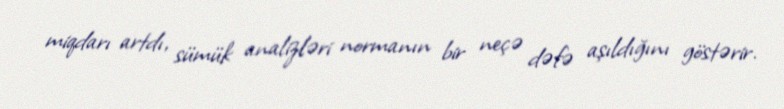
miqdarı artdı, sümük analizləri normanın bir neçə dəfə aşıldığını göstərir.